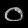
Digit: ၀